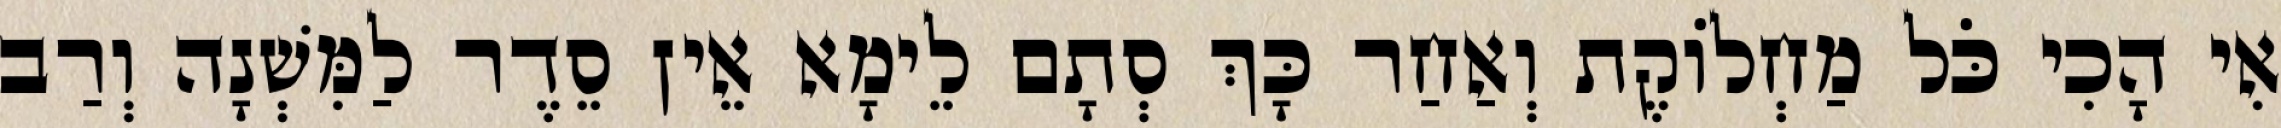
אִי הָכִי כֹּל מַחְלוֹקֶת וְאַחַר כָּךְ סְתָם לֵימָא אֵין סֵדֶר לַמִּשְׁנָה וְרַב